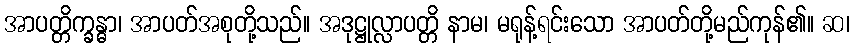
အာပတ္တိက္ခန္ဓာ၊ အာပတ်အစုတို့သည်။ အဒုဋ္ဌုလ္လာပတ္တိ နာမ၊ မရုန့်ရင်းသော အာပတ်တို့မည်ကုန်၏။ ဆ၊